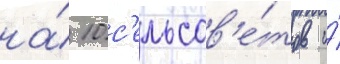
на́ 10 с'ельсов'е́тов и́